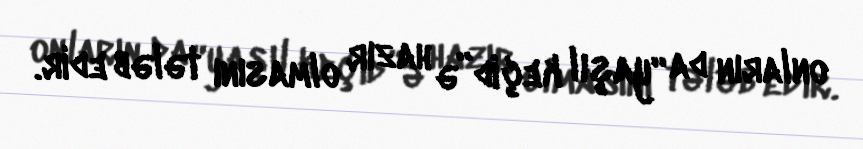
onların da “yaşıl keçid”ə hazır olmasını tələb edir.